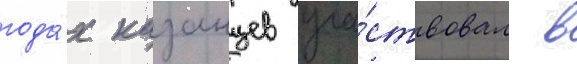
года́х казанцев уча́ствовал в